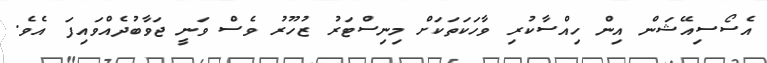
އެސޯސިއޭޝަން އިން ހިއްސާކުރި ވާހަކަތަކަށް މިނިސްޓަރު ޒުހޫރު ވެސް ވަނީ ޖަވާބުދެއްވައިފަ އެވެ.